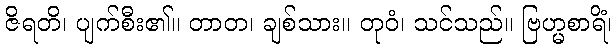
ဇိရတိ၊ ပျက်စီး၏။ တာတ၊ ချစ်သား။ တုဝံ၊ သင်သည်။ ဗြဟ္မစာရိံ၊